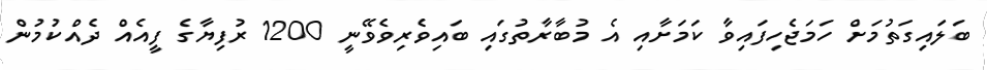
ބަލައިގަތުމަށް ހަމަޖެހިފައިވާ ކަމަށާއި އެ މުބާރާތުގައި ބައިވެރިވެވޭނީ 1200 ރުފިޔާގެ ފީއެއް ދެއްކުމުން